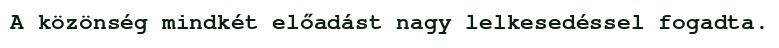
A közönség mindkét előadást nagy lelkesedéssel fogadta.